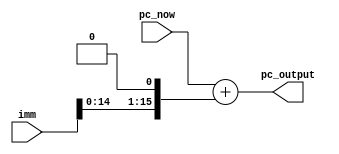
module PCAddImm(pc_now, imm, pc_output);

	input [15:0] pc_now, imm;
	output [15:0] pc_output;

  assign pc_output = pc_now + (imm<<1);
endmodule